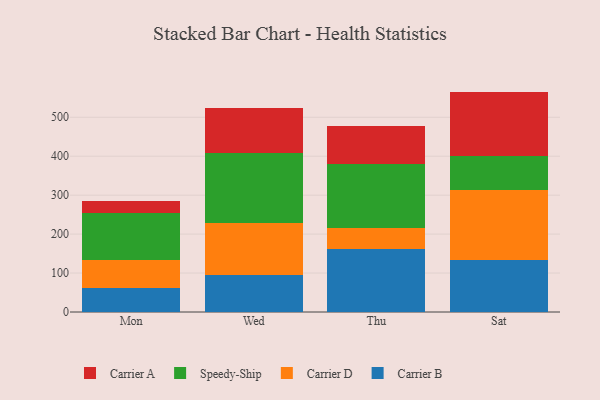
{"axis": {"x": "Day", "y": "Operating Costs (USD K)"}, "legend": ["Carrier A", "Carrier B", "Carrier D", "Speedy-Ship"], "data": [{"x": "Mon", "y": 60.4, "type": "Carrier B"}, {"x": "Mon", "y": 72.7, "type": "Carrier D"}, {"x": "Mon", "y": 120.9, "type": "Speedy-Ship"}, {"x": "Mon", "y": 30.0, "type": "Carrier A"}, {"x": "Wed", "y": 96.1, "type": "Carrier B"}, {"x": "Wed", "y": 131.7, "type": "Carrier D"}, {"x": "Wed", "y": 179.2, "type": "Speedy-Ship"}, {"x": "Wed", "y": 116.5, "type": "Carrier A"}, {"x": "Thu", "y": 162.9, "type": "Carrier B"}, {"x": "Thu", "y": 52.0, "type": "Carrier D"}, {"x": "Thu", "y": 166.3, "type": "Speedy-Ship"}, {"x": "Thu", "y": 95.4, "type": "Carrier A"}, {"x": "Sat", "y": 134.4, "type": "Carrier B"}, {"x": "Sat", "y": 178.3, "type": "Carrier D"}, {"x": "Sat", "y": 88.5, "type": "Speedy-Ship"}, {"x": "Sat", "y": 164.7, "type": "Carrier A"}]}